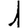
Digit: 1